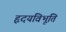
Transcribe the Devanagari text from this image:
हृदयविभूति